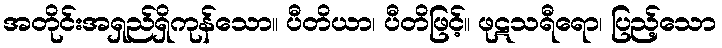
အတိုင်းအရှည်ရှိကုန်သော။ ပီတိယာ၊ ပီတိဖြင့်။ ဖုဋသရီရော၊ ပြည့်သော